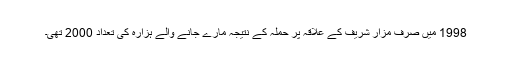
1998 میں صرف مزار شریف کے علاقہ پر حملہ کے نتیجہ مارے جانے والے ہزارہ کی تعداد 2000 تھی۔